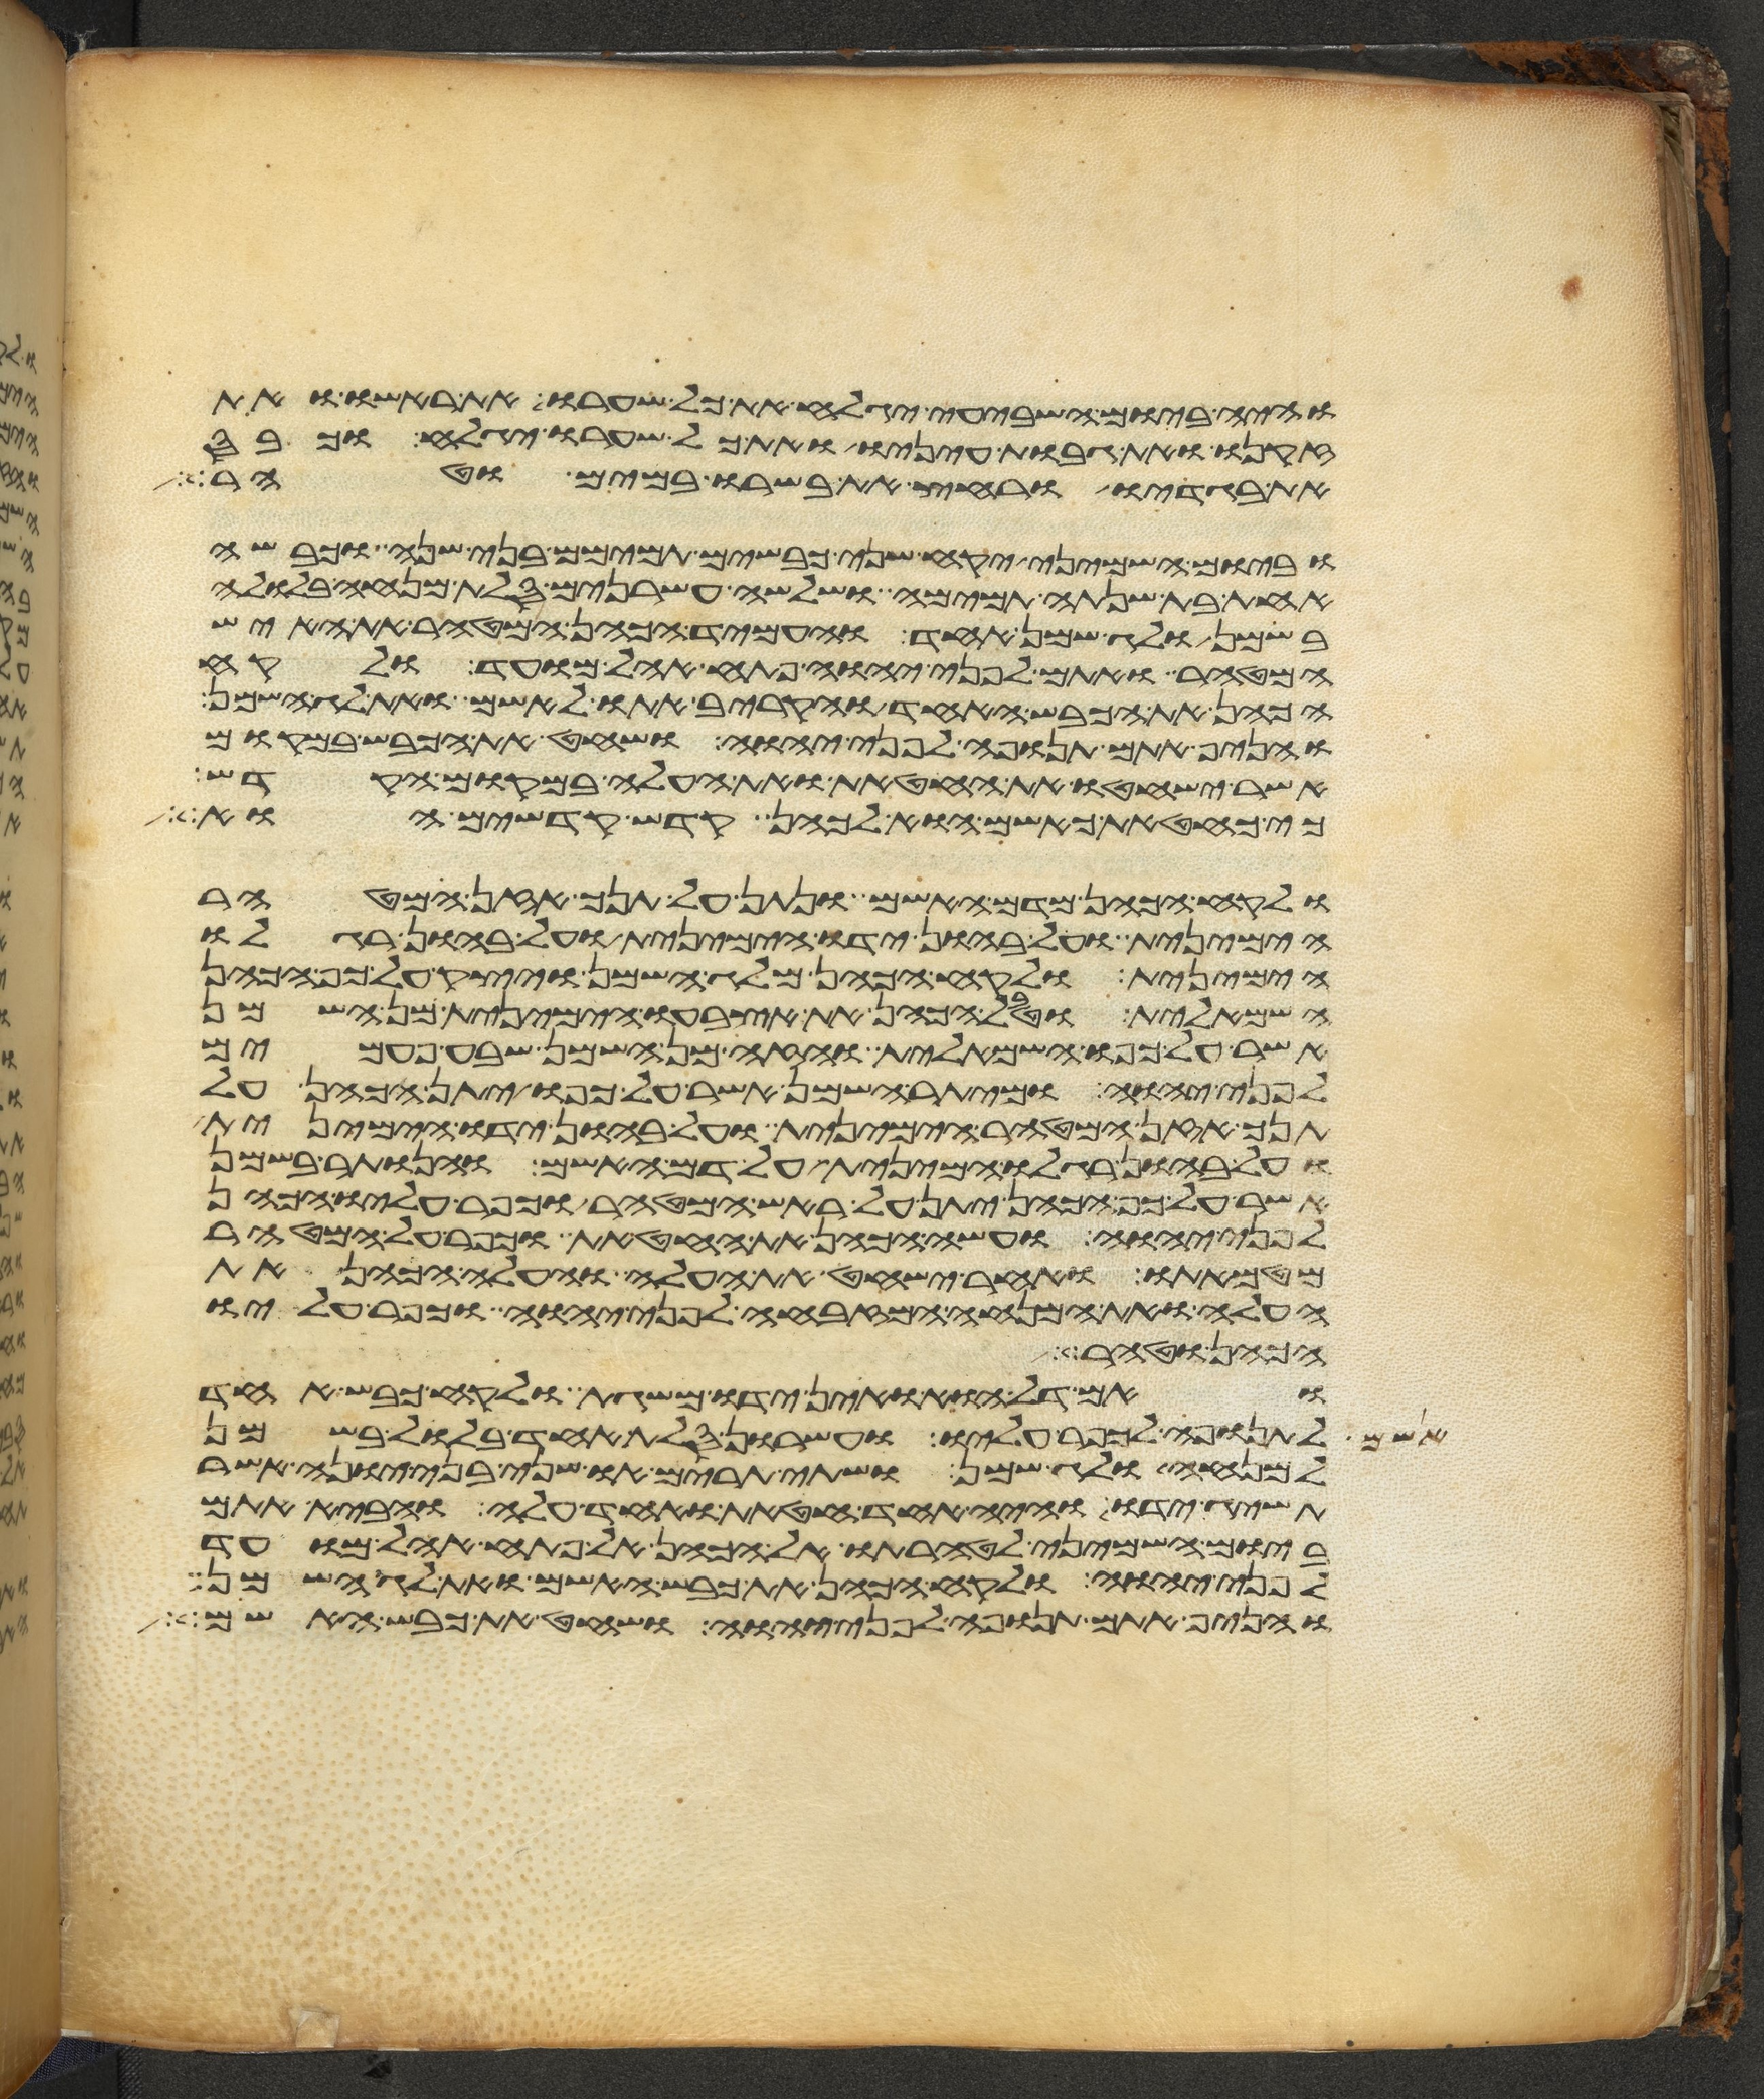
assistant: והיה ביום השביעי יגלח את כל שערו את ראשו ואת
זקנו ואת גבות עיניו ואת כל שערו יגלח וכבס
את בגדיו ורחץ את בשרו במים וטהר
וביום השמיני יקח שני כבשים תמימם בני שנה וכבשה
אחת בת שנתה תמימה ושלשה עשרנים סלת מנחה בלולה
בשמן ולג שמן אחד והעמיד הכהן המטהר את האיש
המטהר ואתם לפני יהוה פתח אהל מועד ולקח
הכהן את הכבש האחד והקריב אתו לאשם ואת לג השמן
והניף אתם תנופה לפני יהוה ושחט את הכבש במקום
אשר ישחטו את החטאת ואת העלה במקום הקדש
כי כחטאת כאשם הוא לכהן קדש קדשים הוא
ולקח הכהן מדם האשם ונתן על תנך אזן המטהר
הימנית ועל בהון ידו הימנית ועל בהון רגלו
הימנית ולקח הכהן מלג השמן ויצק על כף הכהן
השמאלית וטבל הכהן את אצבעו הימנית מן השמן
אשר על כפו השמאלית והזה מן השמן שבע פעמים
לפני יהוה ומיתר השמן אשר על כפו יתן הכהן על
תנך אזן המטהר הימנית ועל בהון ידו הימנית
ועל בהון רגלו הימנית על דם האשם והנותר בשמן
אשר על כף הכהן יתן על ראש המטהר וכפר עליו הכהן
לפני יהוה ועשה הכהן את החטאת וכפר על המטהר
מטמאתו ואחר ישחט את העלה והעלה הכהן את
העלה ואת המנחה המזבחה לפני יהוה וכפר עליו
הכהן וטהר
ואם דל הוא ואין ידו משגת ולקח כבש אחד
לתנופה לכפר עליו ועשרון סלת אחד בלול בשמן
למנחה ולג שמן ושתי תרים או שני בני יונה אשר
תשיג ידו והיה אחד חטאת ואחד עלה והביא אתם
ביום השמיני לטהרתו אל הכהן אל פתח אהל מועד
לפני יהוה ולקח הכהן את כבש האשם ואת לג השמן
והניף אתם תנופה לפני יהוה ושחט את כבש האשם